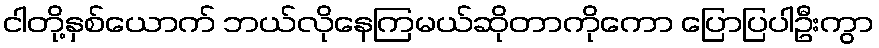
ငါတို့နှစ်ယောက် ဘယ်လိုနေကြမယ်ဆိုတာကိုကော ပြောပြပါဦးကွာ